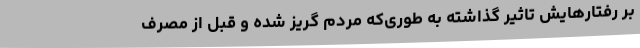
بر رفتارهایش تاثیر گذاشته به طوری‌که مردم گریز شده و قبل از مصرف